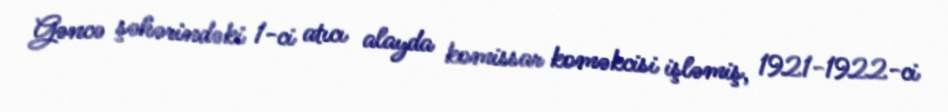
Gəncə şəhərindəki 1-ci atıcı alayda komissar koməkcisi işləmiş, 1921-1922-ci